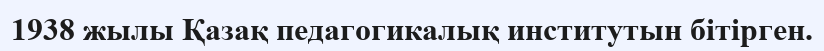
1938 жылы Қазақ педагогикалық институтын бітірген.